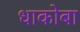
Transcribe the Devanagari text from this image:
धाकोबा